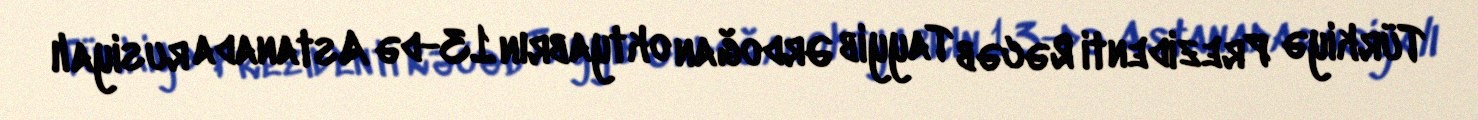
Türkiyə Prezidenti Rəcəb Tayyib Ərdoğan oktyabrın 13-də Astanada rusiyalı